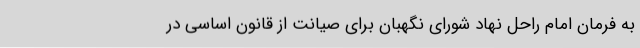
به فرمان امام راحل نهاد شورای نگهبان برای صیانت از قانون اساسی در